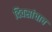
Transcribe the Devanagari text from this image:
दिवसांचाच